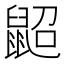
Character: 鼦